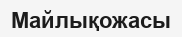
Майлықожасы